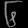
Digit: ၆